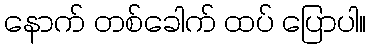
နောက် တစ်ခေါက် ထပ် ပြောပါ။